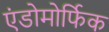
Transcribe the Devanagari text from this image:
एंडोमोर्फिक